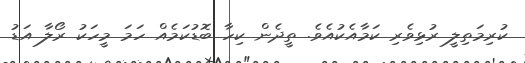
ކުރިމަތިލީ ރުޅިވެރި ކަމާއެކުއެވެ. ތީދެން ކިހާ ބޮޑުކަމެއް ހަމަ މީހަކު ރޯލާ އަޑު